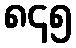
၈၄၅